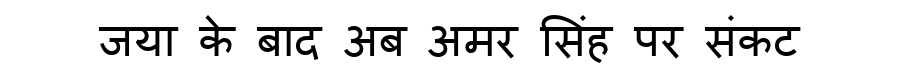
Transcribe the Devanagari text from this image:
जया के बाद अब अमर सिंह पर संकट